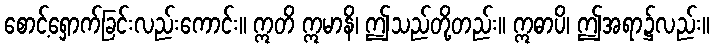
စောင့်ရှောက်ခြင်းလည်းကောင်း။ ဣတိ ဣမာနိ၊ ဤသည်တို့တည်း။ ဣဓာပိ၊ ဤအရာ၌လည်း။